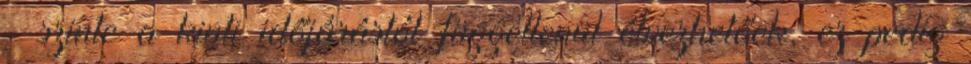
– szinte a kinti időjárástól függetlenül élvezhetőek, ez pedig